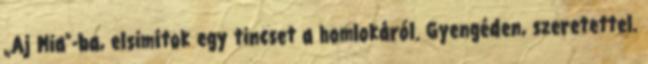
„Aj Mia”-ba, elsimítok egy tincset a homlokáról. Gyengéden, szeretettel.